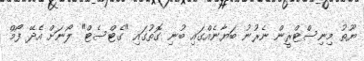
ޔޫތު މިނިސްޓްރީން ނެރުނު ބަޔާނެއްގައި ބުނި ގޮތުގައި "ގެޓްސެޓް" ލޯނަށް އެދޭ ފޯމް